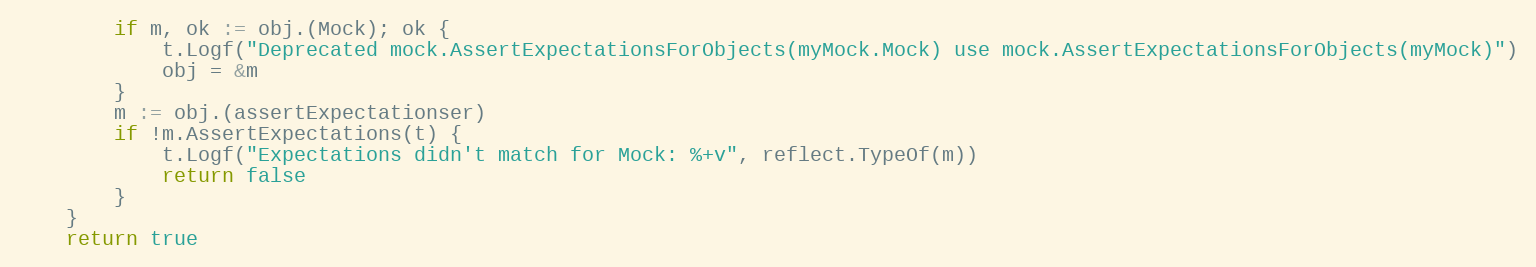
Language: Go
		if m, ok := obj.(Mock); ok {
			t.Logf("Deprecated mock.AssertExpectationsForObjects(myMock.Mock) use mock.AssertExpectationsForObjects(myMock)")
			obj = &m
		}
		m := obj.(assertExpectationser)
		if !m.AssertExpectations(t) {
			t.Logf("Expectations didn't match for Mock: %+v", reflect.TypeOf(m))
			return false
		}
	}
	return true